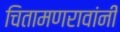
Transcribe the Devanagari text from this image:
चितामणरावांनी